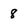
Character: 8